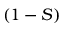
( 1 - S )